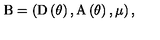
\mathrm { B } = \left( \mathrm { D } \left( \theta \right) , \mathrm { A } \left( \theta \right) , \mu \right) ,